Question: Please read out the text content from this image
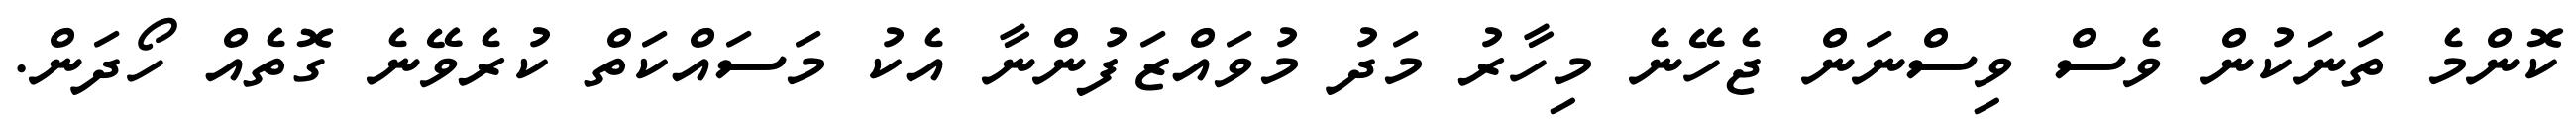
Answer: ކޮންމެ ތަނަކުން ވެސް ވިސްނަން ޖެހޭނެ މިހާރު މަދު މުވައްޒަފުންނާ އެކު މަސައްކަތް ކުރެވޭނެ ގޮތެއް ހޯދަން.